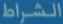
الشروط